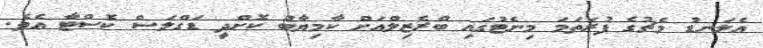
އެލަނޑު މެޗުގެ ފުރަތަމަ މިނެޓުގައި ބްރެޒިލްއަށް ކާމިޔާބު ކޮށްދިީ ޑަގްލަސް ކޮސްޓާ އެވެ.